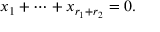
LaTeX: x _ { 1 } + \cdots + x _ { r _ { 1 } + r _ { 2 } } = 0 .